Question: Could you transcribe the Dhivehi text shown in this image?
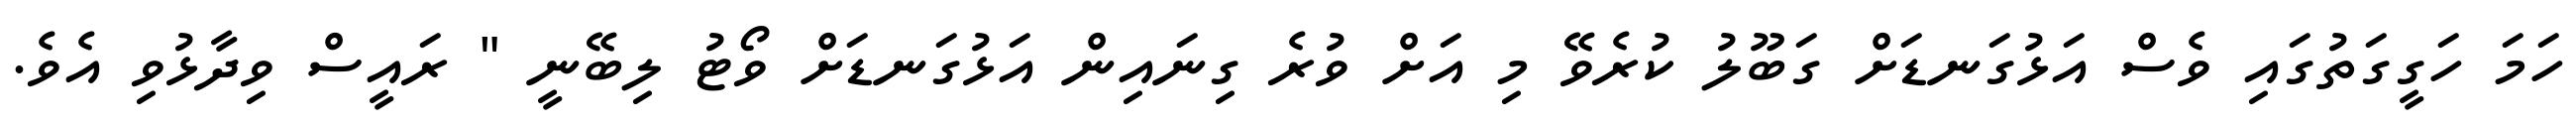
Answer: ހަމަ ހަގީގަތުގައި ވެސް އަޅުގަނޑަށް ގަބޫލު ކުރެވޭ މި އަށް ވުރެ ގިނައިން އަޅުގަނޑަށް ވޯޓު ލިބޭނީ " ރައީސް ވިދާޅުވި އެވެ.